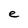
Character: e